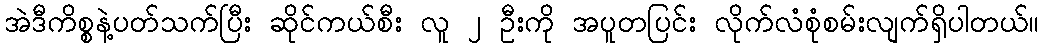
အဲဒီကိစ္စနဲ့ပတ်သက်ပြီး ဆိုင်ကယ်စီး လူ ၂ ဦးကို အပူတပြင်း လိုက်လံစုံစမ်းလျက်ရှိပါတယ်။